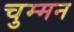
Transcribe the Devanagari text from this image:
चुम्मन